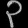
Digit: ၃